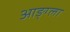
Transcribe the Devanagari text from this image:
आङ्ग्ला